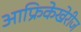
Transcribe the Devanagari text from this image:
आफ्रिकेखेरीज